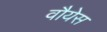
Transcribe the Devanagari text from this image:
वौयेस